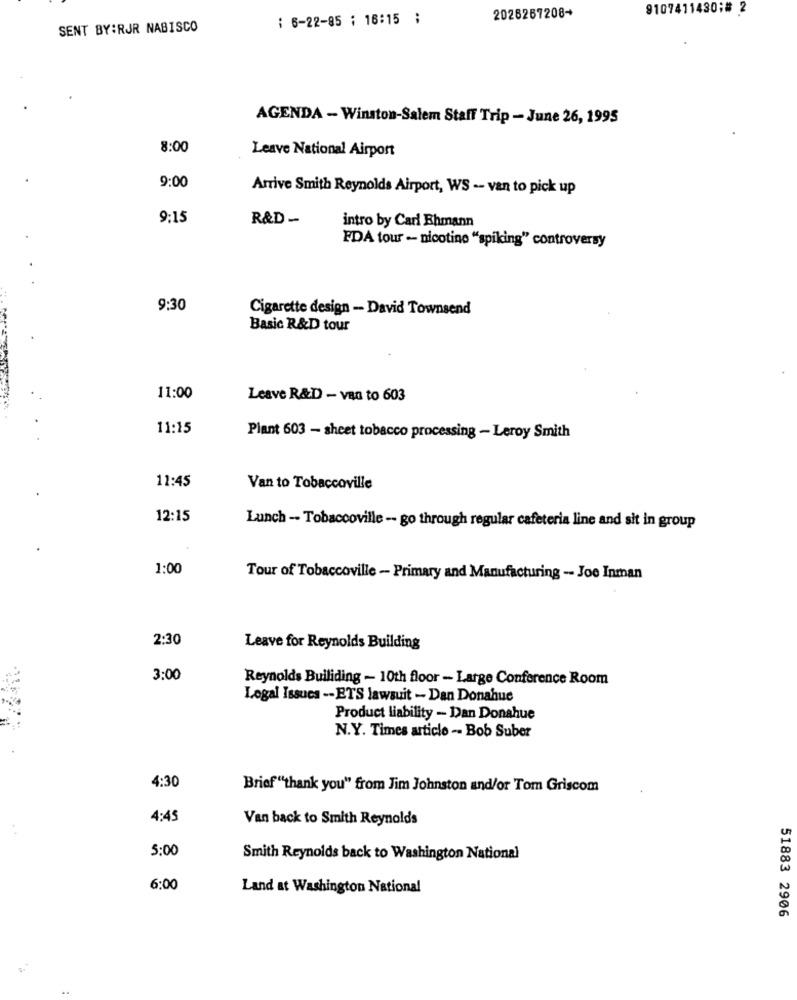
9107411430;# 2
: 6-22-85 ; 16:15 ;
2025267208+
SENT BY:RJR NABISCO
AGENDA - Winston-Salem Staff Trip - June 26, 1995
8:00
Leave National Airport
9:00
Arrive Smith Reynolds Airport, WS -- van to pick up
9:15
R&D -
intro by Carl Ehmann
FDA tour - nicotine "spiking" controversy
9:30
Cigarette design - David Townsend
Basic R&D tour
11:00
Leave R&D - van to 603
11:15
Plant 603 - sheet tobacco processing - Leroy Smith
11:45
Van to Tobaccoville
12:15
Lunch -- Tobaccoville -- go through regular cafeteria line and sit in group
1:00
Tour of Tobaccoville - Primary and Manufacturing -- Joe Inman
2:30
Leave for Reynolds Building
3:00
Reynolds Builiding - 10th floor - Large Conference Room
Legal Issues -- ETS lawsuit - Dan Donahue
Product liability - Dan Donahue
N.Y. Times article -- Bob Suber
4:30
Brief "thank you" from Jim Johnston and/or Tom Griscom
4:45
Van back to Smith Reynolds
5:00
Smith Reynolds back to Washington National
6:00
Land at Washington National
51883 2906